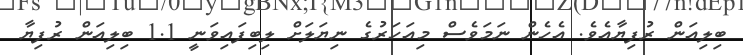
ބިލިއަން ރުފިޔާއެވެ. އެހެން ނަމަވެސް މިއަހަރުގެ ނިޔަލަށް ލިބިފައިވަނީ 1.1 ބިލިއަން ރުފިޔާ